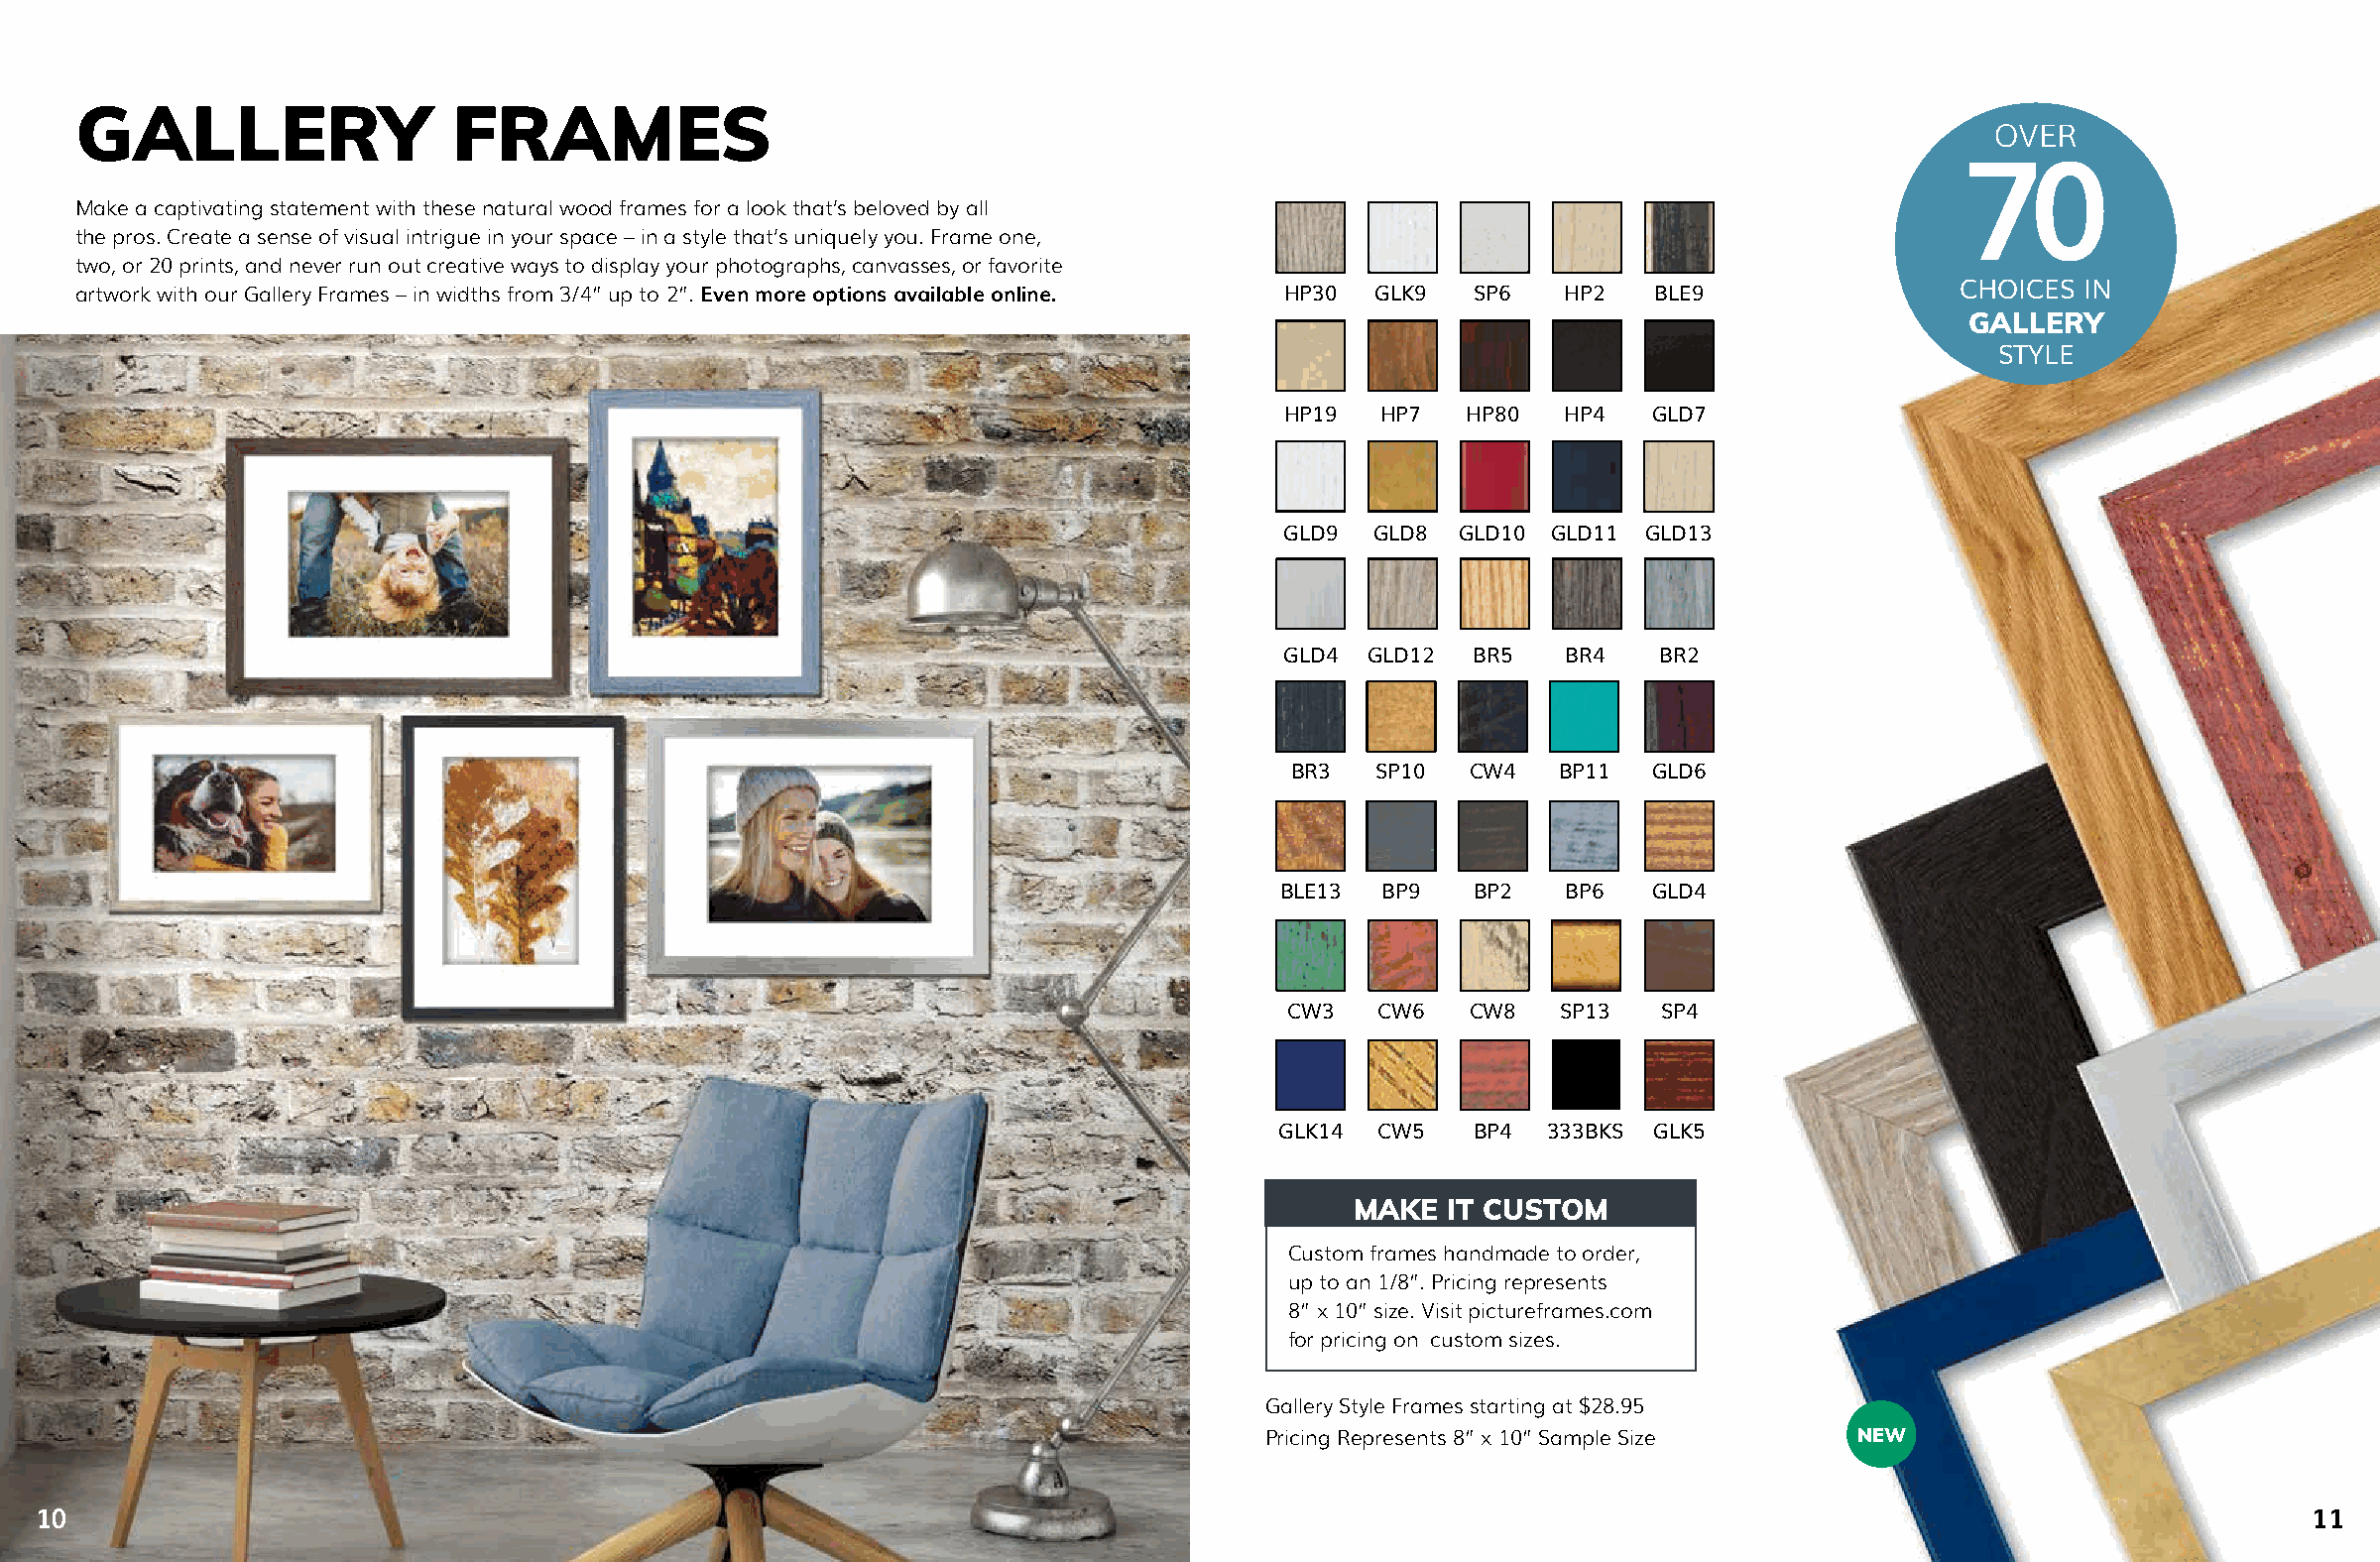
GALLERY                  FRAMES
 OVER
 70
 Make a captivating statement with these natural wood frames for a look that’s beloved by all
 the pros. Create a sense of visual intrigue in your space – in a style that’s uniquely you. Frame one,
 two, or 20 prints, and never run out creative ways to display your photographs, canvasses, or favorite
 CHOICES IN
 artwork with our Gallery Frames – in widths from 3/4” up to 2”. Even more options available online. HP30 GLK9 SP6 HP2 BLE9
 GALLERY
 STYLE
 HP19  HP7   HP80  HP4   GLD7
 GLD9  GLD8 GLD10  GLD11 GLD13
 GLD4 GLD12  BR5   BR4    BR2
 BR3   SP10  CW4   BP11  GLD6
 BLE13  BP9   BP2    BP6  GLD4
 CW3   CW6   CW8   SP13   SP4
 GLK14  CW5   BP4  333BKS GLK5
 MAKE   IT CUSTOM
 Custom frames handmade to order,
 up to an 1/8”. Pricing represents
 8” x 10” size. Visit pictureframes.com
 for pricing on custom sizes.
 Gallery Style Frames starting at $28.95
 Pricing Represents 8” x 10” Sample Size NEW
 10                                                                                                                                                      11